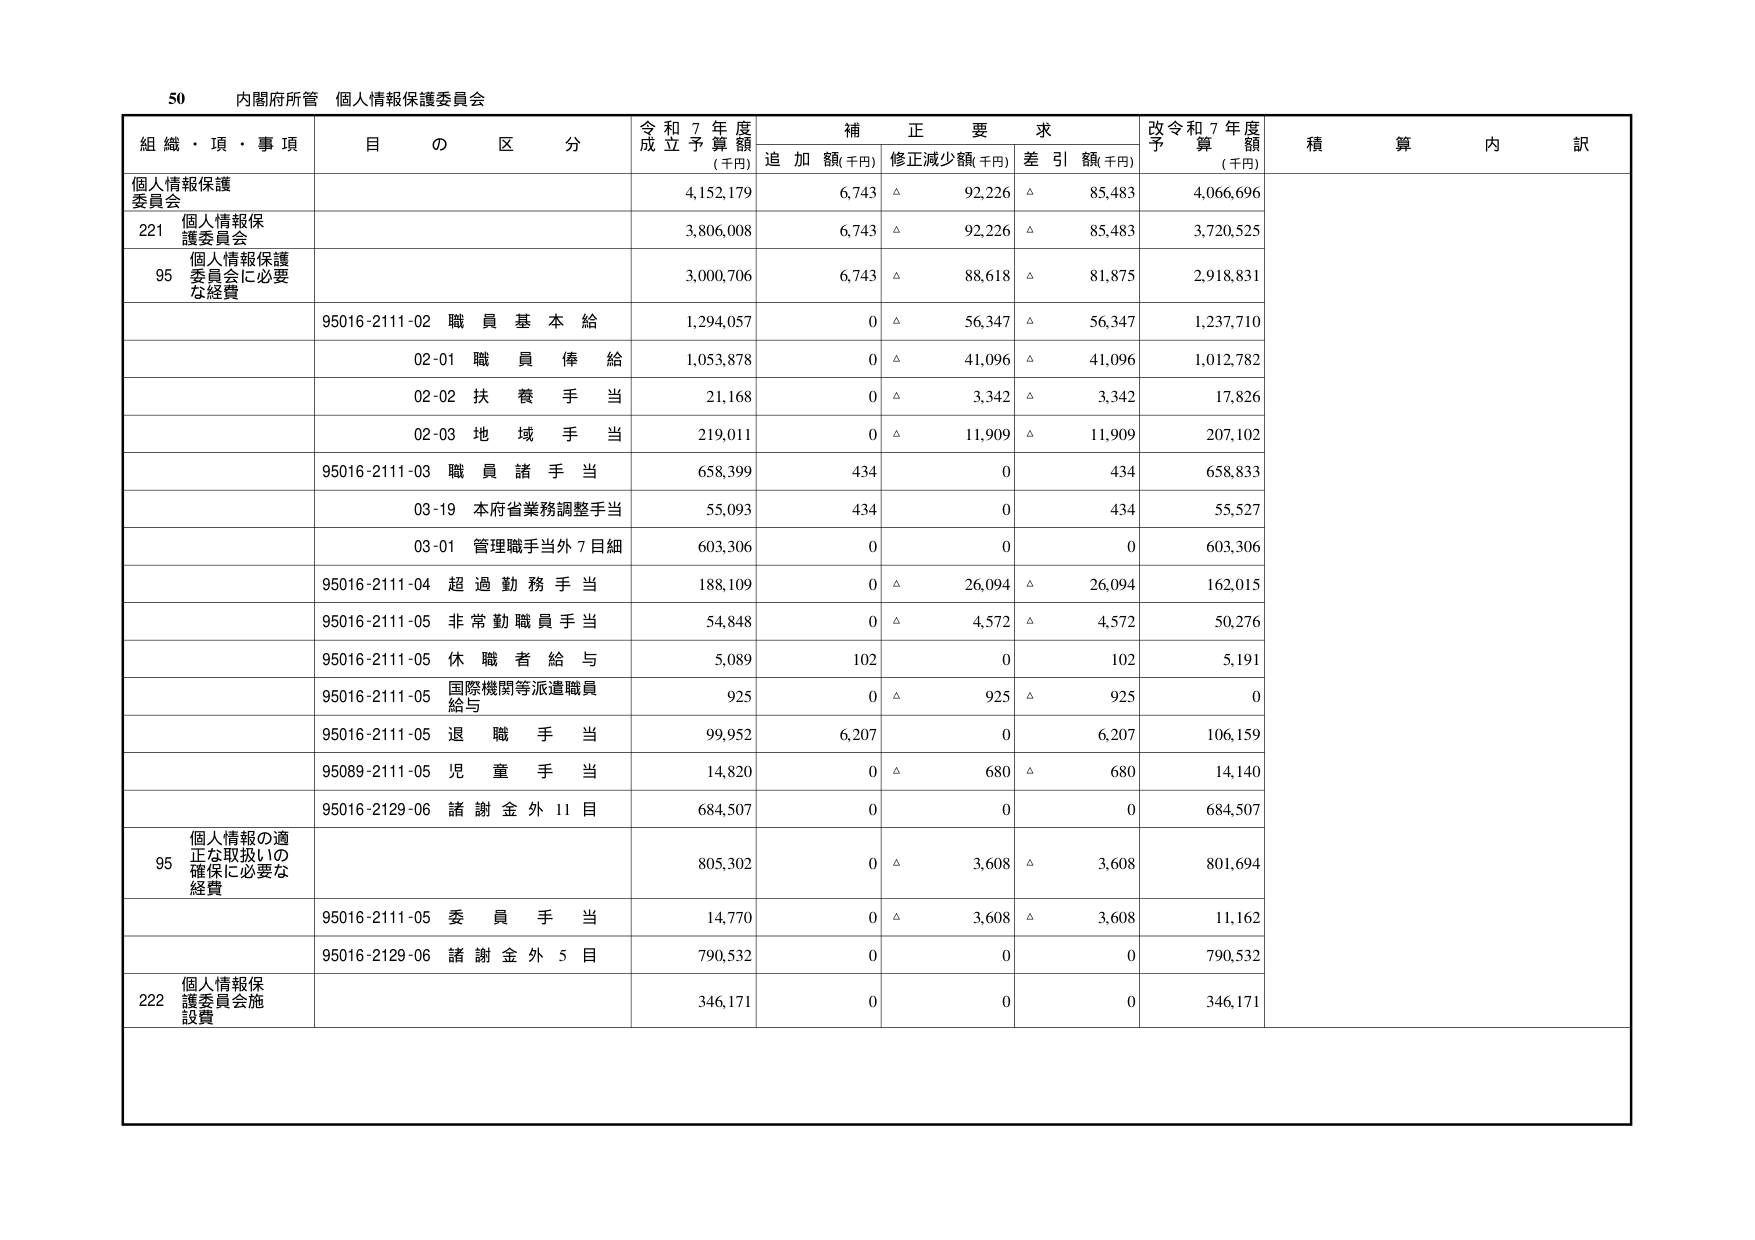
50 内閣府所管 個人情報保護委員会

組織・項・事項 目の区分 令和7年度成立予算額(千円) 補正要求 追加額(千円) 修正減少額(千円) 差引額(千円) 改令和7年度予算額(千円) 積算内訳

個人情報保護委員会 4,152,179 6,743 △ 92,226 △ 85,483 4,066,696

221 個人情報保護委員会 3,806,008 6,743 △ 92,226 △ 85,483 3,720,525

95 個人情報保護委員会に必要な経費 3,000,706 6,743 △ 88,618 △ 81,875 2,918,831

95016-2111-02 職員基本給 1,294,057 0 △ 56,347 △ 56,347 1,237,710

02-01 職員俸給 1,053,878 0 △ 41,096 △ 41,096 1,012,782

02-02 扶養手当 21,168 0 △ 3,342 △ 3,342 17,826

02-03 地域手当 219,011 0 △ 11,909 △ 11,909 207,102

95016-2111-03 職員諸手当 658,399 434 0 434 658,833

03-19 本府省業務調整手当 55,093 434 0 434 55,527

03-01 管理職手当外7目細 603,306 0 0 0 603,306

95016-2111-04 超過勤務手当 188,109 0 △ 26,094 △ 26,094 162,015

95016-2111-05 非常勤職員手当 54,848 0 △ 4,572 △ 4,572 50,276

95016-2111-05 休職者給与 5,089 102 0 102 5,191

95016-2111-05 国際機関等派遣職員給与 925 0 △ 925 △ 925 0

95016-2111-05 退職手当 99,952 6,207 0 6,207 106,159

95089-2111-05 児童手当 14,820 0 △ 680 △ 680 14,140

95016-2129-06 諸謝金外11目 684,507 0 0 0 684,507

95 個人情報の適正な取扱いの確保に必要な経費 805,302 0 △ 3,608 △ 3,608 801,694

95016-2111-05 委員手当 14,770 0 △ 3,608 △ 3,608 11,162

95016-2129-06 諸謝金外5目 790,532 0 0 0 790,532

222 個人情報保護委員会施設費 346,171 0 0 0 346,171